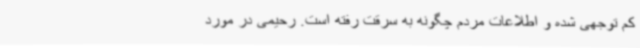
کم توجهی شده و اطلاعات مردم چگونه به سرقت رفته است. رحیمی در مورد